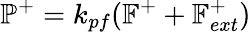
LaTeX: \mathbb{P}^{+}=k_{pf}(\mathbb{F}^{+}+\mathbb{F}_{ext}^{+})